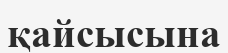
қайсысына